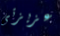
عزيزتى